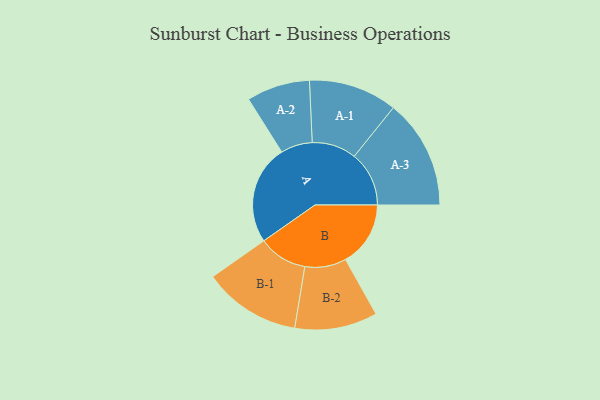
{"axis": {"x": "Segment", "y": "Value"}, "legend": ["", "A", "B"], "data": [{"x": "A", "y": 370, "type": ""}, {"x": "B", "y": 242, "type": ""}, {"x": "A-1", "y": 165, "type": "A"}, {"x": "A-2", "y": 118, "type": "A"}, {"x": "A-3", "y": 204, "type": "A"}, {"x": "B-1", "y": 182, "type": "B"}, {"x": "B-2", "y": 154, "type": "B"}]}